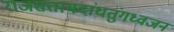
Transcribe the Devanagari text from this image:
राजसत्तामदांधतुंगध्वजन